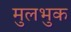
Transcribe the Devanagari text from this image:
मुलभुक